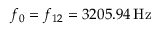
f _ { 0 } = f _ { 1 2 } = 3 2 0 5 . 9 4 \, \mathrm { H z }